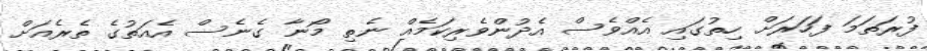
ފުރަތަމަ ފަހަރަށް ހިތުގައި އެއްވެސް އެދުންވެރިކަމެއް ނެތި މޯނާ ގެނެސް އެއަތުގެ ތެރެއަށް